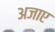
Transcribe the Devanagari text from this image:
अजाए